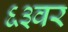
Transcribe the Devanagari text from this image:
६३वर